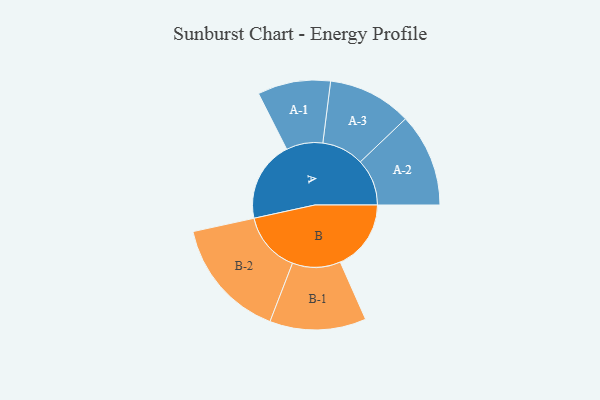
{"axis": {"x": "Segment", "y": "Value"}, "legend": ["", "A", "B"], "data": [{"x": "A", "y": 325, "type": ""}, {"x": "B", "y": 285, "type": ""}, {"x": "A-1", "y": 147, "type": "A"}, {"x": "A-2", "y": 188, "type": "A"}, {"x": "A-3", "y": 169, "type": "A"}, {"x": "B-1", "y": 194, "type": "B"}, {"x": "B-2", "y": 244, "type": "B"}]}